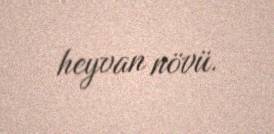
heyvan növü.